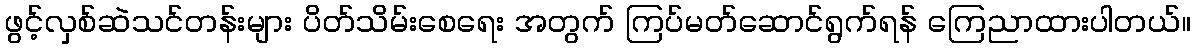
ဖွင့်လှစ်ဆဲသင်တန်းများ ပိတ်သိမ်းစေရေး အတွက် ကြပ်မတ်ဆောင်ရွက်ရန် ကြေညာထားပါတယ်။